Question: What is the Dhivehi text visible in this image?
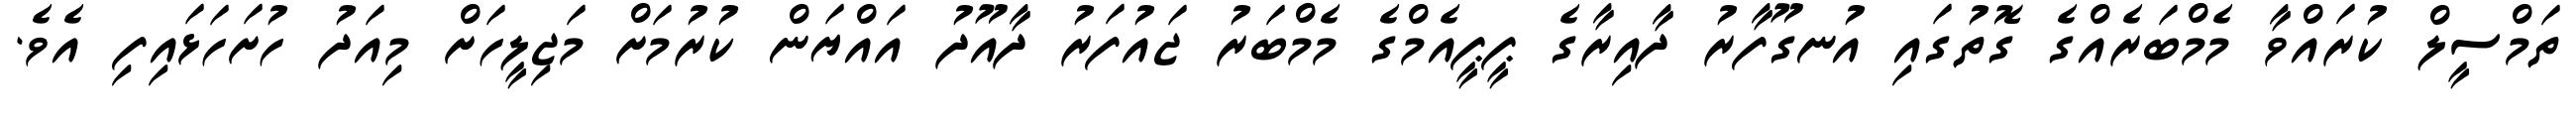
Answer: ތަމްސީލް ކުރައްވާ މެމްބަރެއްގެ ގޮތުގައި އުނގޫފާރު ދާއިރާގެ ޕީޕީއެމްގެ މެމްބަރު ޖައުފަރު ދާއޫދު އައްޔަން ކުރުމަށް މަޖިލީހަށް މިއަދު ހުށަހަޅައިފި އެވެ.